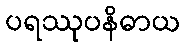
ပရဿုပနိဓာယ